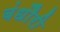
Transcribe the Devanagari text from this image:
बंधौैरी